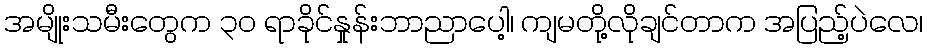
အမျိုးသမီးတွေက ၃ဝ ရာခိုင်နှုန်းဘာညာပေါ့၊ ကျမတို့လိုချင်တာက အပြည့်ပဲလေ၊